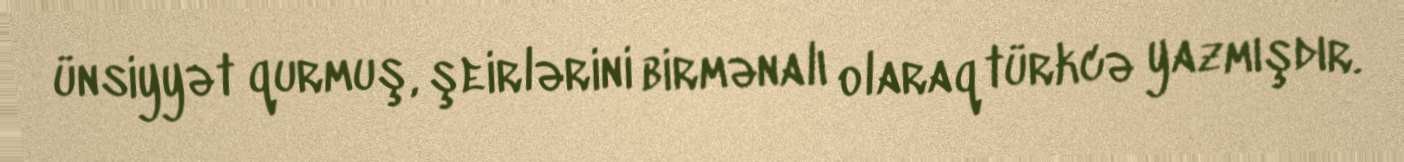
ünsiyyət qurmuş, şeirlərini birmənalı olaraq türkcə yazmışdır.